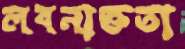
লবনাক্ততা